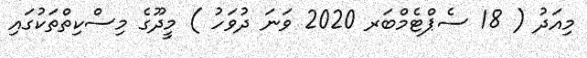
މިއަދު ( 18 ސެޕްޓެމްބަރ 2020 ވަނަ ދުވަހު ) މީދޫގެ މިސްކިތްތަކުގައި